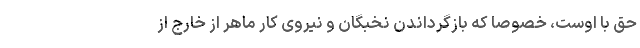
حق با اوست، خصوصا که بازگرداندن نخبگان و نیروی کار ماهر از خارج از